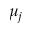
\mu _ { j }